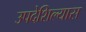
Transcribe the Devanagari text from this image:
उपदेशिल्यास